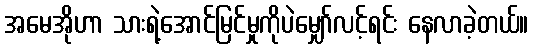
အမေအိုဟာ သားရဲ့အောင်မြင်မှုကိုပဲမျှော်လင့်ရင်း နေလာခဲ့တယ်။